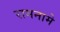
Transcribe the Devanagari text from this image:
रामनामे